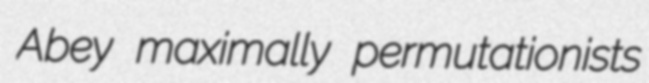
Abey maximally permutationists